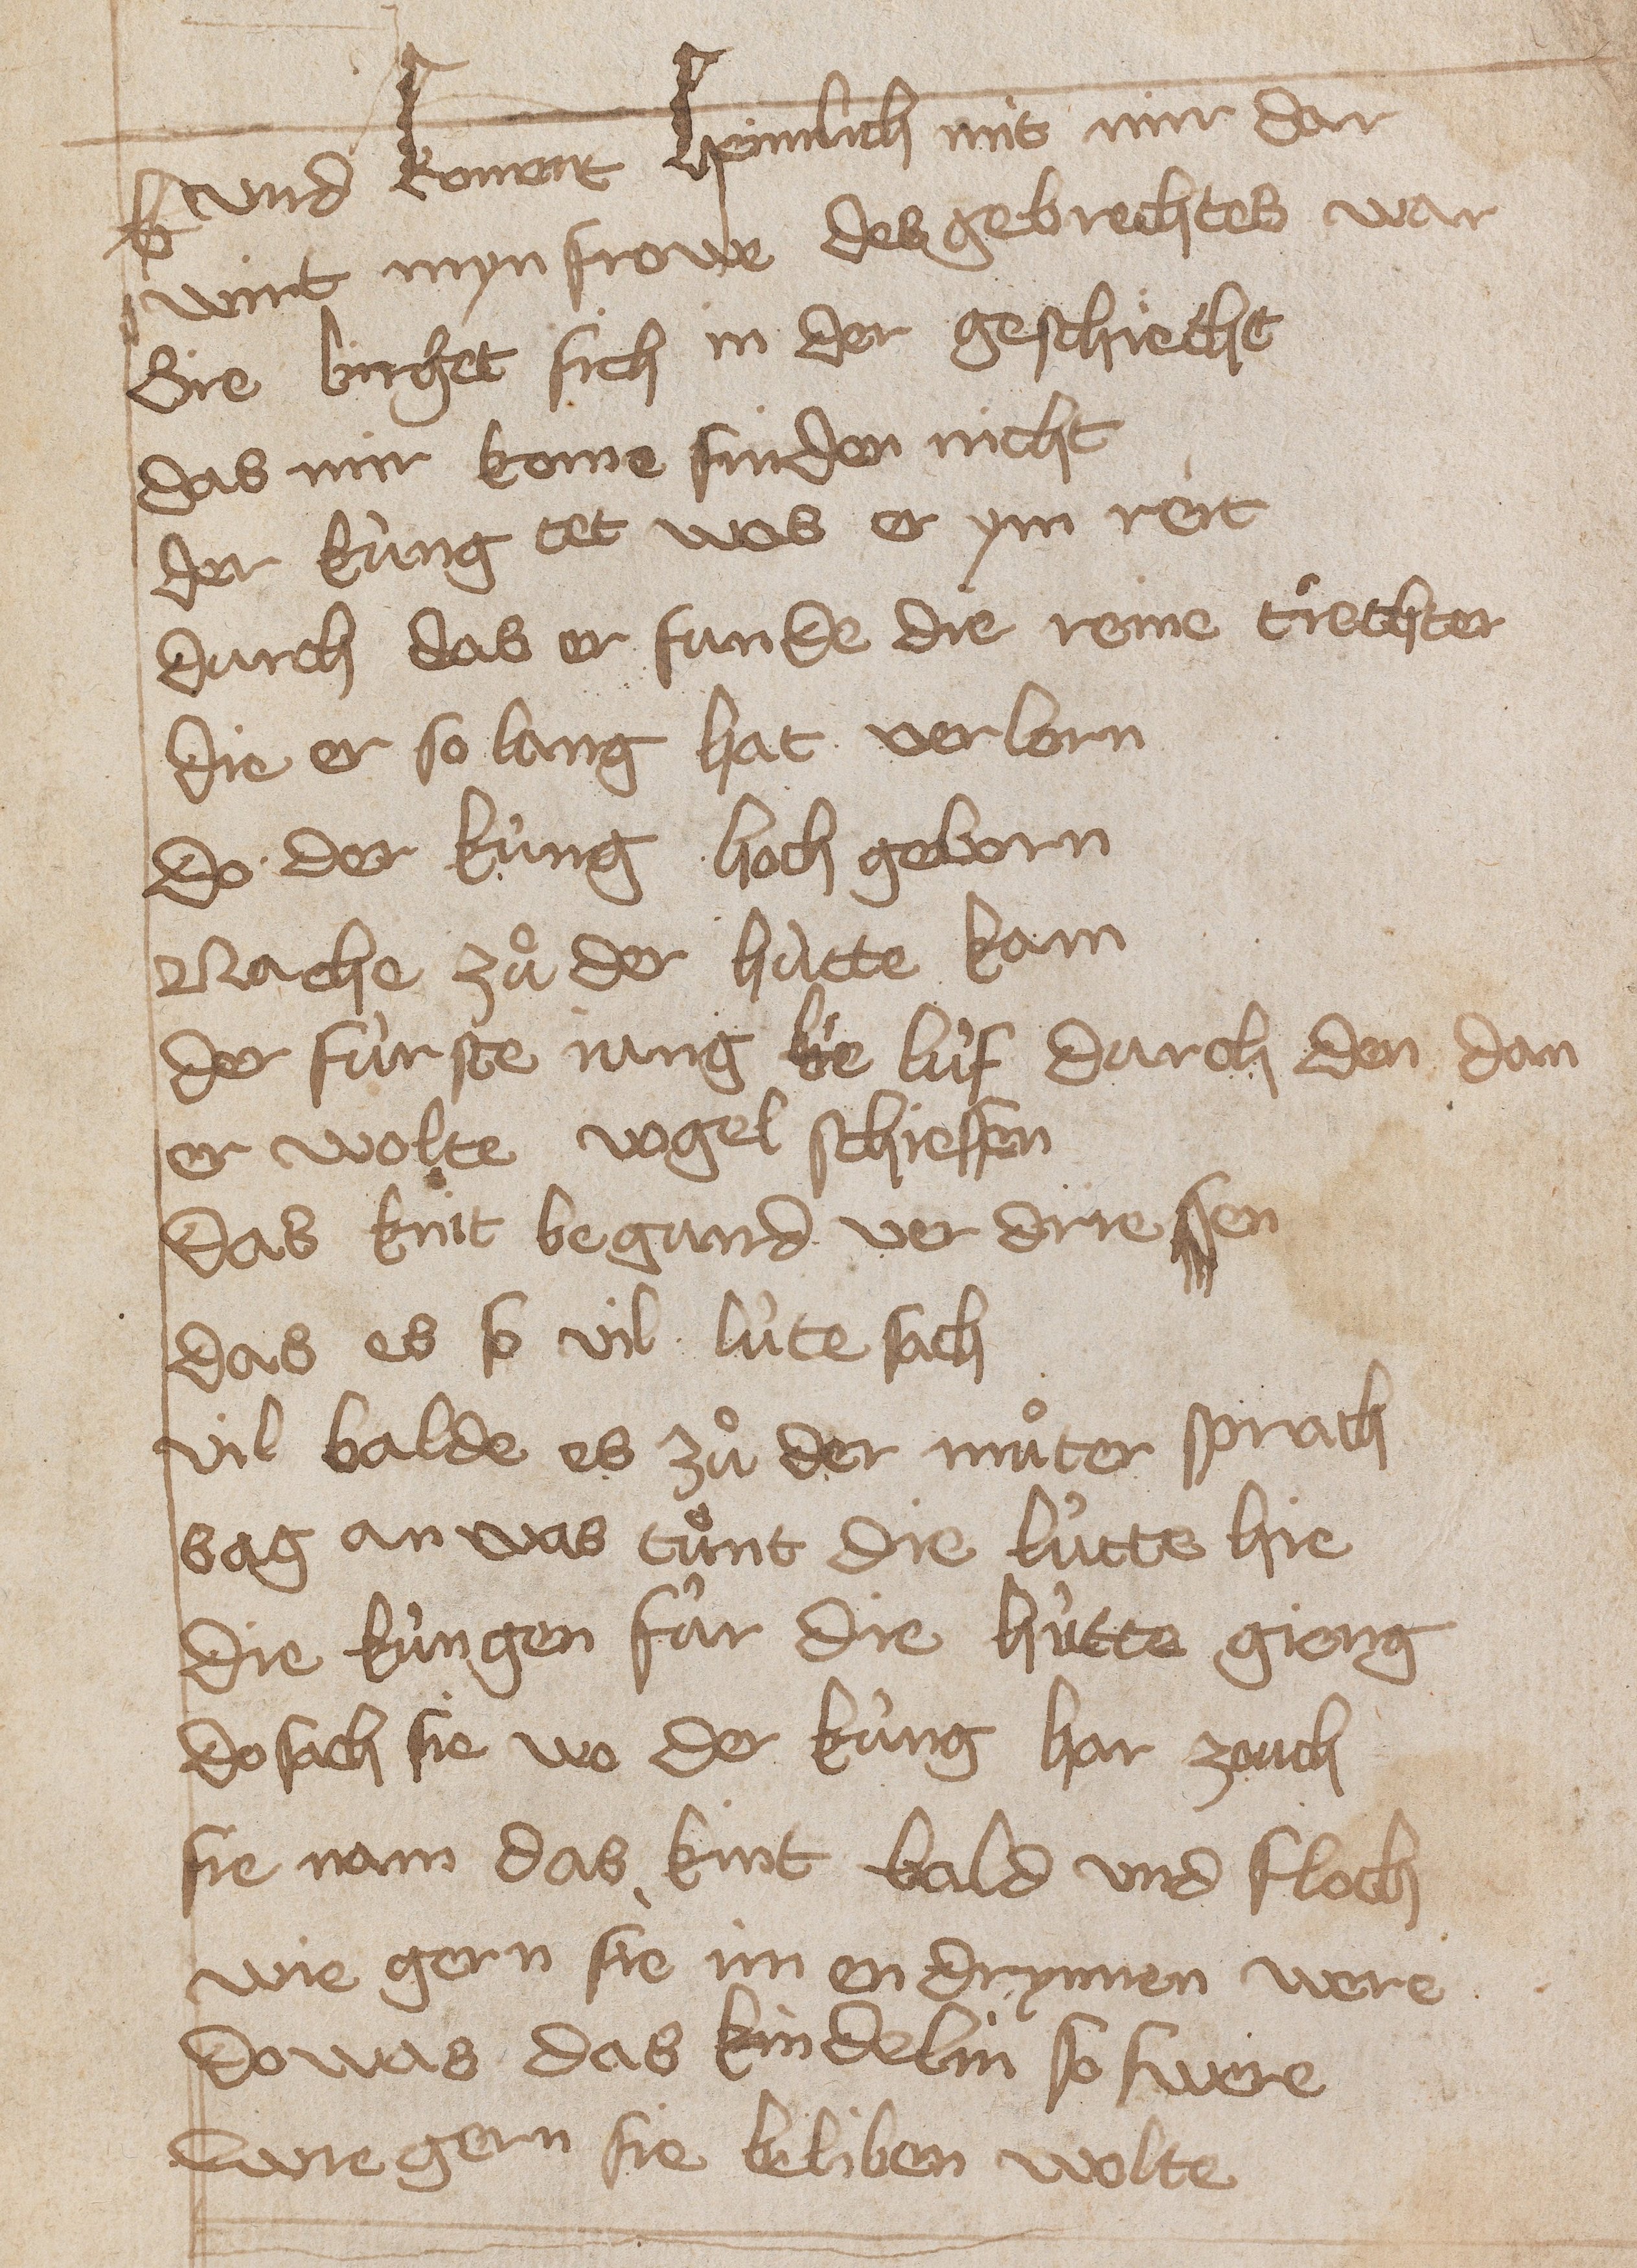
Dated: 1400–1449